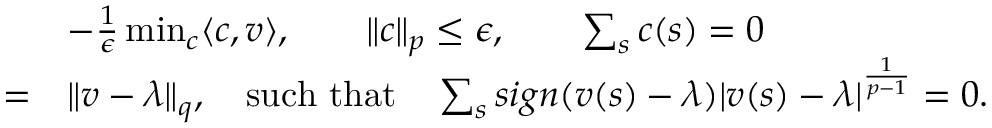
\begin{array} { r l } & { - \frac { 1 } { \epsilon } \operatorname* { m i n } _ { c } \langle c , v \rangle , \qquad \lVert c \rVert _ { p } \leq \epsilon , \qquad \sum _ { s } c ( s ) = 0 } \\ { = } & { \lVert v - \lambda \rVert _ { q } , \quad \mathrm { s u c h ~ t h a t } \quad \sum _ { s } s i g n ( v ( s ) - \lambda ) | v ( s ) - \lambda | ^ { \frac { 1 } { p - 1 } } = 0 . } \end{array}